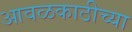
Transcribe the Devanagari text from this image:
आवळकाठीच्या